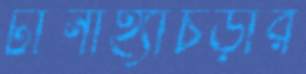
টানাহ্যাঁচড়ার